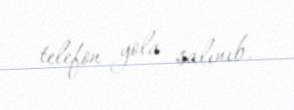
telefon yola salınıb.